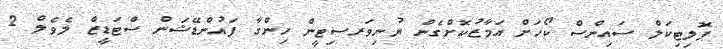
ޕޮލިޓިކަލް ސައިންސް ކޯހަށް އަމާޒުކޮށްގެން ޔުނިވަރސިޓީން ހިންގާ ފައުންޑޭޝަން ސްޓަޑީޒް ލެވެލް 2